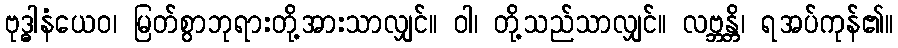
ဗုဒ္ဓါနံယေဝ၊ မြတ်စွာဘုရားတို့အားသာလျှင်။ ဝါ၊ တို့သည်သာလျှင်။ လဗ္ဘန္တိ၊ ရအပ်ကုန်၏။